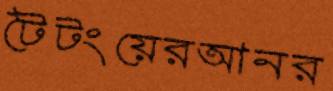
টৈটংয়েরআনর